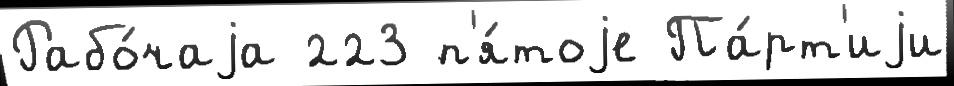
Рабо́чаjа 223 п'я́тоjе Па́рт'иjи